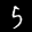
Label: 5